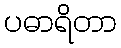
ပဓာရိတာ